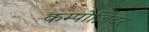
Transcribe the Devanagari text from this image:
कम्पोज़िटर